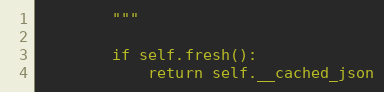
Language: Python
        """

        if self.fresh():
            return self.__cached_json